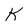
Character: K